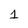
Character: 1